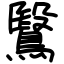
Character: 鷖